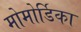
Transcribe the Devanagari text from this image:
मोमोर्डिका